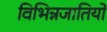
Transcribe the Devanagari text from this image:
विभिन्नजातियों